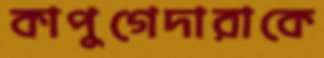
কাপুগেদারাকে